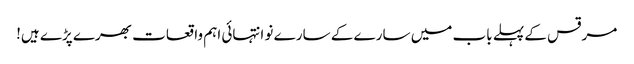
مرقس کے پہلے باب میں سارے کے سارے نو انتہائی اہم واقعات بھرے پڑے ہیں!